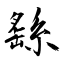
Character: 繇